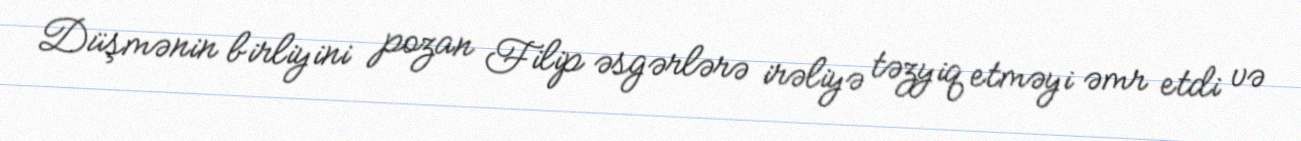
Düşmənin birliyini pozan Filip əsgərlərə irəliyə təzyiq etməyi əmr etdi və